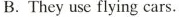
B.They use flying cars.